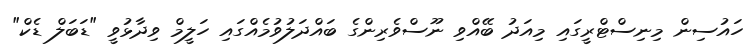
ހައުސިން މިނިސްޓްރީގައި މިއަދު ބޭއްވި ނޫސްވެރިންގެ ބައްދަލުވުމެއްގައި ހަލީމް ވިދާޅުވީ "ޑަބަލް ޑެކް"